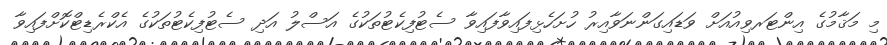
މި މަޤާމުގެ އިންޓަރވިއުއަށް ވަޑައިގަންނަވާއިރު ހުށަހެޅިފައިވާފައިވާ ސެޓުފިކެޓުތަކުގެ އަސްލު އަދި ސެޓުފިކެޓުތަކުގެ އެކްރެޑިޓްކޮށްފައިވާ